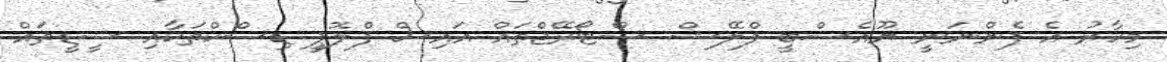
މިހާރު އެ ފެންނަނީ ޔޫއެސްބީ ފްލޭޝް ސްޓޯރޭޖްތައް އައިސް ފްލޮޕީ ޑިސްކްތަކާއި ސީޑީތައް